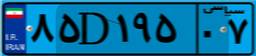
۸۵D۱۹۵۰۷